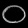
Digit: ၀